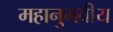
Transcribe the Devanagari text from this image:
महानुभवीय